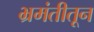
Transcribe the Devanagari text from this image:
भ्रमंतीतून